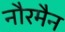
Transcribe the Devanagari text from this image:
नौरमैन